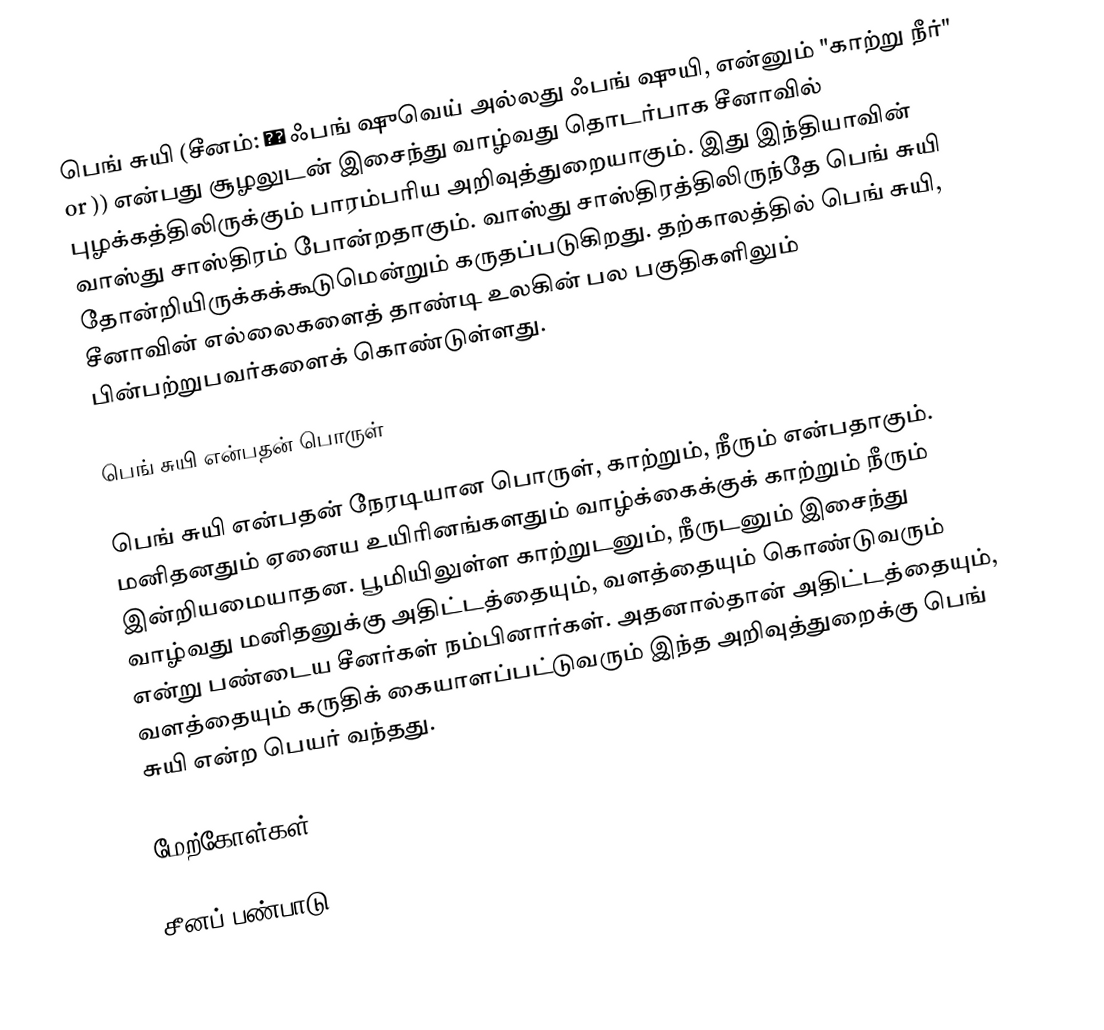
பெங் சுயி (சீனம்: 风水 ஃபங் ஷுவெய் அல்லது ஃபங் ஷுயி, என்னும் "காற்று நீர்"  or )) என்பது சூழலுடன் இசைந்து வாழ்வது தொடர்பாக சீனாவில் புழக்கத்திலிருக்கும் பாரம்பரிய அறிவுத்துறையாகும். இது இந்தியாவின் வாஸ்து சாஸ்திரம் போன்றதாகும். வாஸ்து சாஸ்திரத்திலிருந்தே பெங் சுயி தோன்றியிருக்கக்கூடுமென்றும் கருதப்படுகிறது. தற்காலத்தில் பெங் சுயி, சீனாவின் எல்லைகளைத் தாண்டி உலகின் பல பகுதிகளிலும் பின்பற்றுபவர்களைக் கொண்டுள்ளது.

பெங் சுயி என்பதன் பொருள்

பெங் சுயி என்பதன் நேரடியான பொருள், காற்றும், நீரும் என்பதாகும். மனிதனதும் ஏனைய உயிரினங்களதும் வாழ்க்கைக்குக் காற்றும் நீரும் இன்றியமையாதன. பூமியிலுள்ள காற்றுடனும், நீருடனும் இசைந்து வாழ்வது மனிதனுக்கு அதிட்டத்தையும், வளத்தையும் கொண்டுவரும் என்று பண்டைய சீனர்கள் நம்பினார்கள். அதனால்தான் அதிட்டத்தையும், வளத்தையும் கருதிக் கையாளப்பட்டுவரும் இந்த அறிவுத்துறைக்கு பெங் சுயி என்ற பெயர் வந்தது.

மேற்கோள்கள்

சீனப் பண்பாடு